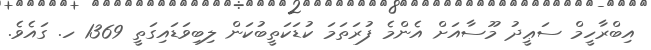
އިބްރާހީމް ސަޢީދު މޫސާއަށް އެންމެ ފުރަތަމަ ކުޑަކަތީބުކަން ލިބިވަޑައިގަތީ 1369 ހ. ގައެވެ.